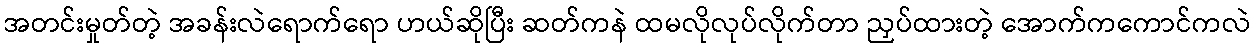
အတင်းမှုတ်တဲ့ အခန်းလဲရောက်ရော ဟယ်ဆိုပြီး ဆတ်ကနဲ ထမလိုလုပ်လိုက်တာ ညှပ်ထားတဲ့ အောက်ကကောင်ကလဲ